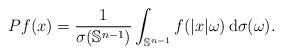
LaTeX: \begin{align*}Pf(x) = \frac{1}{\sigma(\mathbb{S}^{n-1})} \int_{\mathbb{S}^{n-1}} f(|x|\omega) \, \mathrm{d}\sigma(\omega). \end{align*}